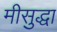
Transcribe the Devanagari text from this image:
मीसुद्धा